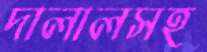
দালালসহ